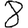
Digit: 8